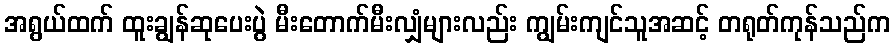
အရွယ်ထက် ထူးချွန်ဆုပေးပွဲ မီးတောက်မီးလျှံများလည်း ကျွမ်းကျင်သူအဆင့် တရုတ်ကုန်သည်က